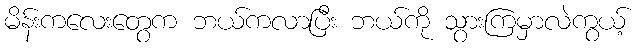
မိန်းကလေးတွေက ဘယ်ကလာပြီး ဘယ်ကို သွားကြမှာလဲကွယ့်